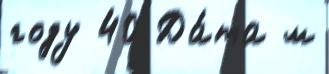
году 40 Да́та м